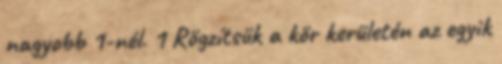
nagyobb 1-nél. 1 Rögzítsük a kör kerületén az egyik